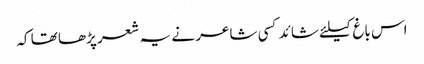
اس باغ کیلئے شائد کسی شاعر نے یہ شعر پڑھا تھا کہ